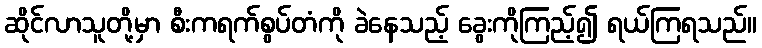
ဆိုင်လာသူတို့မှာ စီးကရက်စွပ်တံကို ခဲနေသည့် ခွေးကိုကြည့်၍ ရယ်ကြရသည်။